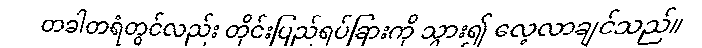
တခါတရံတွင်လည်း တိုင်းပြည်ရပ်ခြားကို သွား၍ လေ့လာချင်သည်။